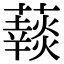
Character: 𧂞